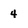
Character: 4